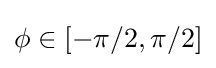
\phi \in [-\pi /2,\pi /2]